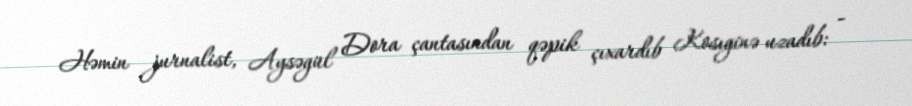
Həmin jurnalist, Aysəgül Dora çantasından qəpik çıxardıb Kosıginə uzadıb: -